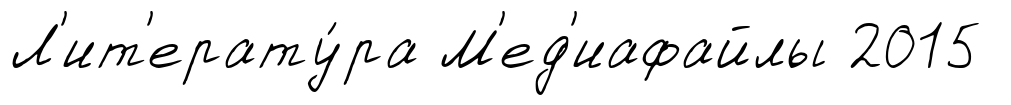
Л'ит'ерату́ра М'ед'иафайлы 2015